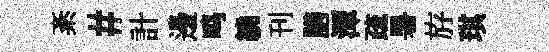
紊#計邊鸣繞刊膳潭疏暑斿琪